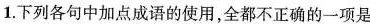
1.下列各句中加点成语的使用，全都不正确的一项是